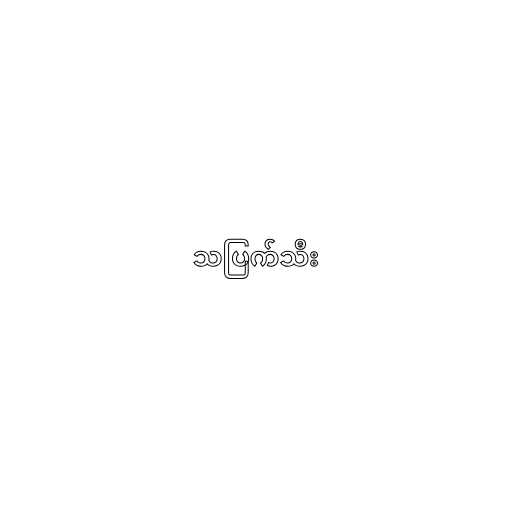
သပြက်သီး